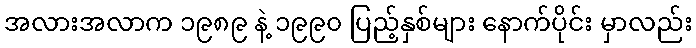
အလားအလာက ၁၉၈၉ နဲ့ ၁၉၉၀ ပြည့်နှစ်များ နောက်ပိုင်း မှာလည်း